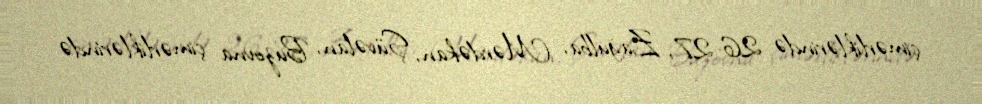
çimərliklərində 26-27, Zağulba, Mərdəkan, Şüvəlan, Buzovna çimərliklərində